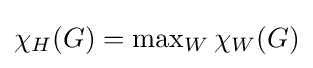
{\textstyle \chi _{H}(G)=\max _{W}\chi _{W}(G)}